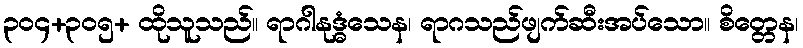
၃၀၄+၃၀၅+ ထိုသူသည်။ ရာဂါနုဒ္ဓံသေန၊ ရာဂသည်ဖျက်ဆီးအပ်သော။ စိတ္တေန၊